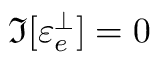
\Im [ \varepsilon _ { e } ^ { \perp } ] = 0